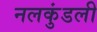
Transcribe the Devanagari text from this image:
नलकुंडली